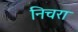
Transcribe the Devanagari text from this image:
निचरा